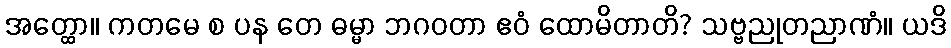
အတ္ထော။ ကတမေ စ ပန တေ ဓမ္မာ ဘဂဝတာ ဧဝံ ထောမိတာတိ? သဗ္ဗညုတညာဏံ။ ယဒိ